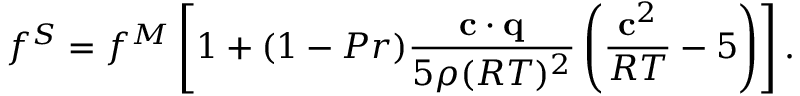
f ^ { S } = f ^ { M } \left[ 1 + ( 1 - P r ) \frac { \mathbf c \cdot \mathbf q } { 5 \rho ( R T ) ^ { 2 } } \left( \frac { \mathbf c ^ { 2 } } { R T } - 5 \right) \right] .